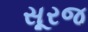
સૂરજ